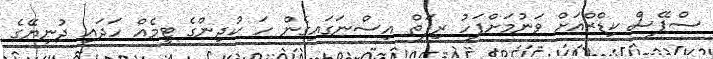
ސްޕޭސް ކިޑްޒްއަށް ވަނުމަށްފަހު ރިފަތް އިސްނަގައިގެން ހަ ކުދިންގެ ޓީމެއް ހަދައި ދުނިޔޭގެ